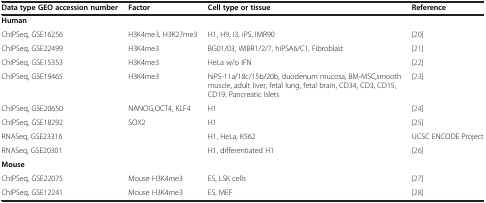
| Data type GEO accession number | Factor | Cell type or tissue | Reference |
 | --- | --- | --- | --- |
 | Human |  |  |  |
 | ChIPSeq, GSE16256 | H3K4me3, H3K27me3 | H1, H9, I3, iPS, IMR90 | [20] |
 | ChIPSeq, GSE22499 | H3K4me3 | BG01/03, WIBR1/2/7, hiPSA6/C1, Fibroblast | [21] |
 | ChIPSeq, GSE15353 | H3K4me3 | HeLa w/o IFN | [22] |
 | ChIPSeq, GSE19465 | H3K4me3 | hiPS-11a/18c/15b/20b, duodenum mucosa, BM-MSC,smooth muscle, adult liver, fetal lung, fetal brain, CD34, CD3, CD15, CD19, Pancreatic Islets | [23] |
 | ChIPSeq, GSE20650 | NANOG,OCT4, KLF4 | H1 | [24] |
 | ChIPSeq, GSE18292 | SOX2 | H1 | [25] |
 | RNASeq, GSE23316 |  | H1, HeLa, K562 | UCSC ENCODE Project |
 | RNASeq, GSE20301 |  | H1, differentiated H1 | [26] |
 | Mouse |  |  |  |
 | ChIPSeq, GSE22075 | Mouse H3K4me3 | ES, LSK cells | [27] |
 | ChIPSeq, GSE12241 | Mouse H3K4me3 | ES, MEF | [28] |